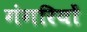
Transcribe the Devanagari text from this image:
गंगरियों